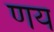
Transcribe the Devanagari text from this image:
णय